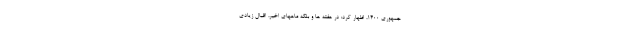
جمهوری 1400، اظهار کرد: در هفته ها و بلکه ماههای اخیر، اقبال زیادی